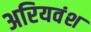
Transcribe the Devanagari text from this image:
अरियवंश